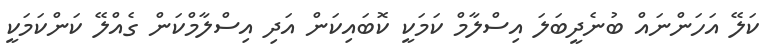
ކަލޭ އަހަންނައް ބުނެދީބަލަ އިސްލާމް ކަމަކީ ކޮބައިކަން އަދި އިސްލާމްކަން ގެއްލޭ ކަންކަމަކީ